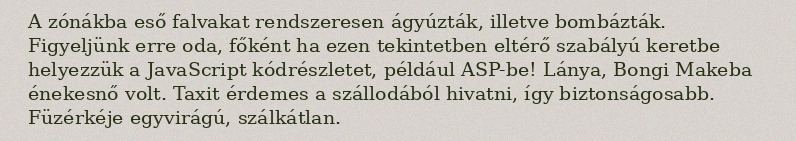
A zónákba eső falvakat rendszeresen ágyúzták, illetve bombázták. Figyeljünk erre oda, főként ha ezen tekintetben eltérő szabályú keretbe helyezzük a JavaScript kódrészletet, például ASP-be! Lánya, Bongi Makeba énekesnő volt. Taxit érdemes a szállodából hivatni, így biztonságosabb. Füzérkéje egyvirágú, szálkátlan.